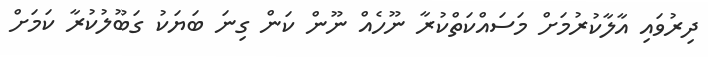
ދިރުވައި އާލާކުރުމަށް މަސައްކަތްކުރާ ނޫހެއް ނޫން ކަން ގިނަ ބަޔަކު ގަބޫލުކުރާ ކަމަށް